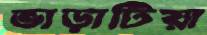
ভাড়াটিয়া